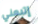
إتبعني